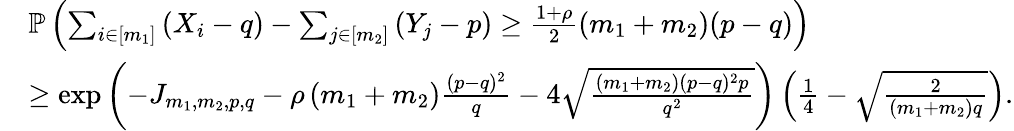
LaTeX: \begin{array}{rl}&{\mathbb{P}\left(\sum_{i\in[m_{1}]}\left(X_{i}-q\right)-\sum_{j\in[m_{2}]}\left(Y_{j}-p\right)\geq\frac{1+\rho}{2}\left(m_{1}+m_{2}\right)(p-q)\right)}\\ &{\geq\exp\left(-J_{m_{1},m_{2},p,q}-\rho\left(m_{1}+m_{2}\right)\frac{(p-q)^{2}}{q}-4\sqrt{\frac{(m_{1}+m_{2})(p-q)^{2}p}{q^{2}}}\right)\left(\frac{1}{4}-\sqrt{\frac{2}{(m_{1}+m_{2})q}}\right).}\end{array}